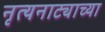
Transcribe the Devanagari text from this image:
नृत्यनाट्याच्या